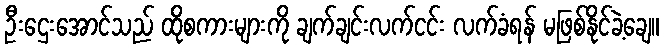
ဦးဌေးအောင်သည် ထိုစကားများကို ချက်ချင်းလက်ငင်း လက်ခံရန် မဖြစ်နိုင်ခဲ့ချေ။